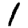
Digit: 1